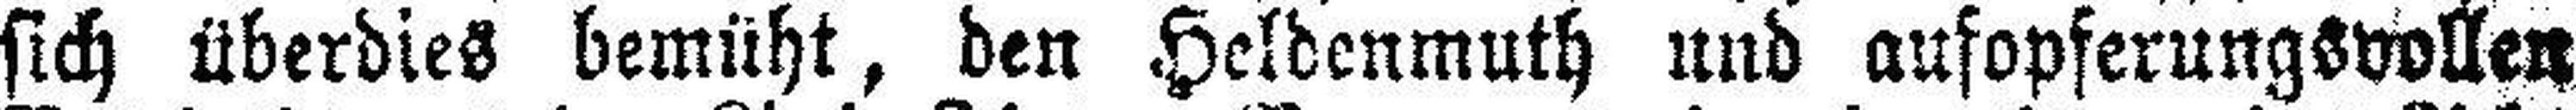
sich überdies bemüht, den Heldenmuth und aufopferungsvollen